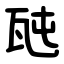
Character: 瓲